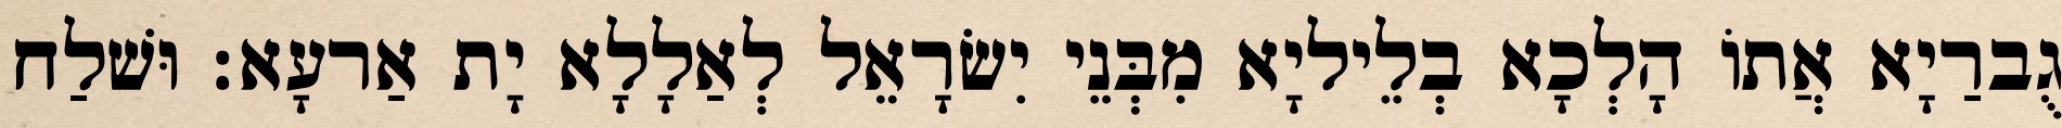
גֻברַיָא אֲתוֹ הָלְכָא בְלֵיליָא מִבְּנֵי יִשׂרָאֵל לְאַלָלָא יָת אַרעָא׃ וּשׁלַח